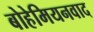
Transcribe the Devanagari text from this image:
बोहेमियनवाद